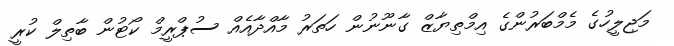
މަޖިލީހުގެ މެމްބަރުންގެ އިމްތިޔާޒް ގާނޫނުން ހަތަރު މާއްދާއެއް ސުޕްރީމް ކޯޓުން ބާތިލް ކުރީ